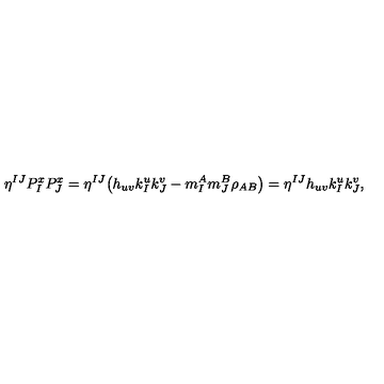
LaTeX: \eta ^ { I J } P _ { I } ^ { x } P _ { J } ^ { x } = \eta ^ { I J } \big ( h _ { u v } k _ { I } ^ { u } k _ { J } ^ { v } - m _ { I } ^ { A } m _ { J } ^ { B } \rho _ { A B } \big ) = \eta ^ { I J } h _ { u v } k _ { I } ^ { u } k _ { J } ^ { v } ,